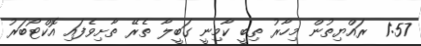
1:57  ރައްޔިތުން މިހާރު ތިބީ ކާމިނީ ގަބީލާ ތެރޭ ތާށިވެފައި އޮކްޓޯބަރު